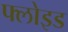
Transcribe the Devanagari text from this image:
फ्लोइड